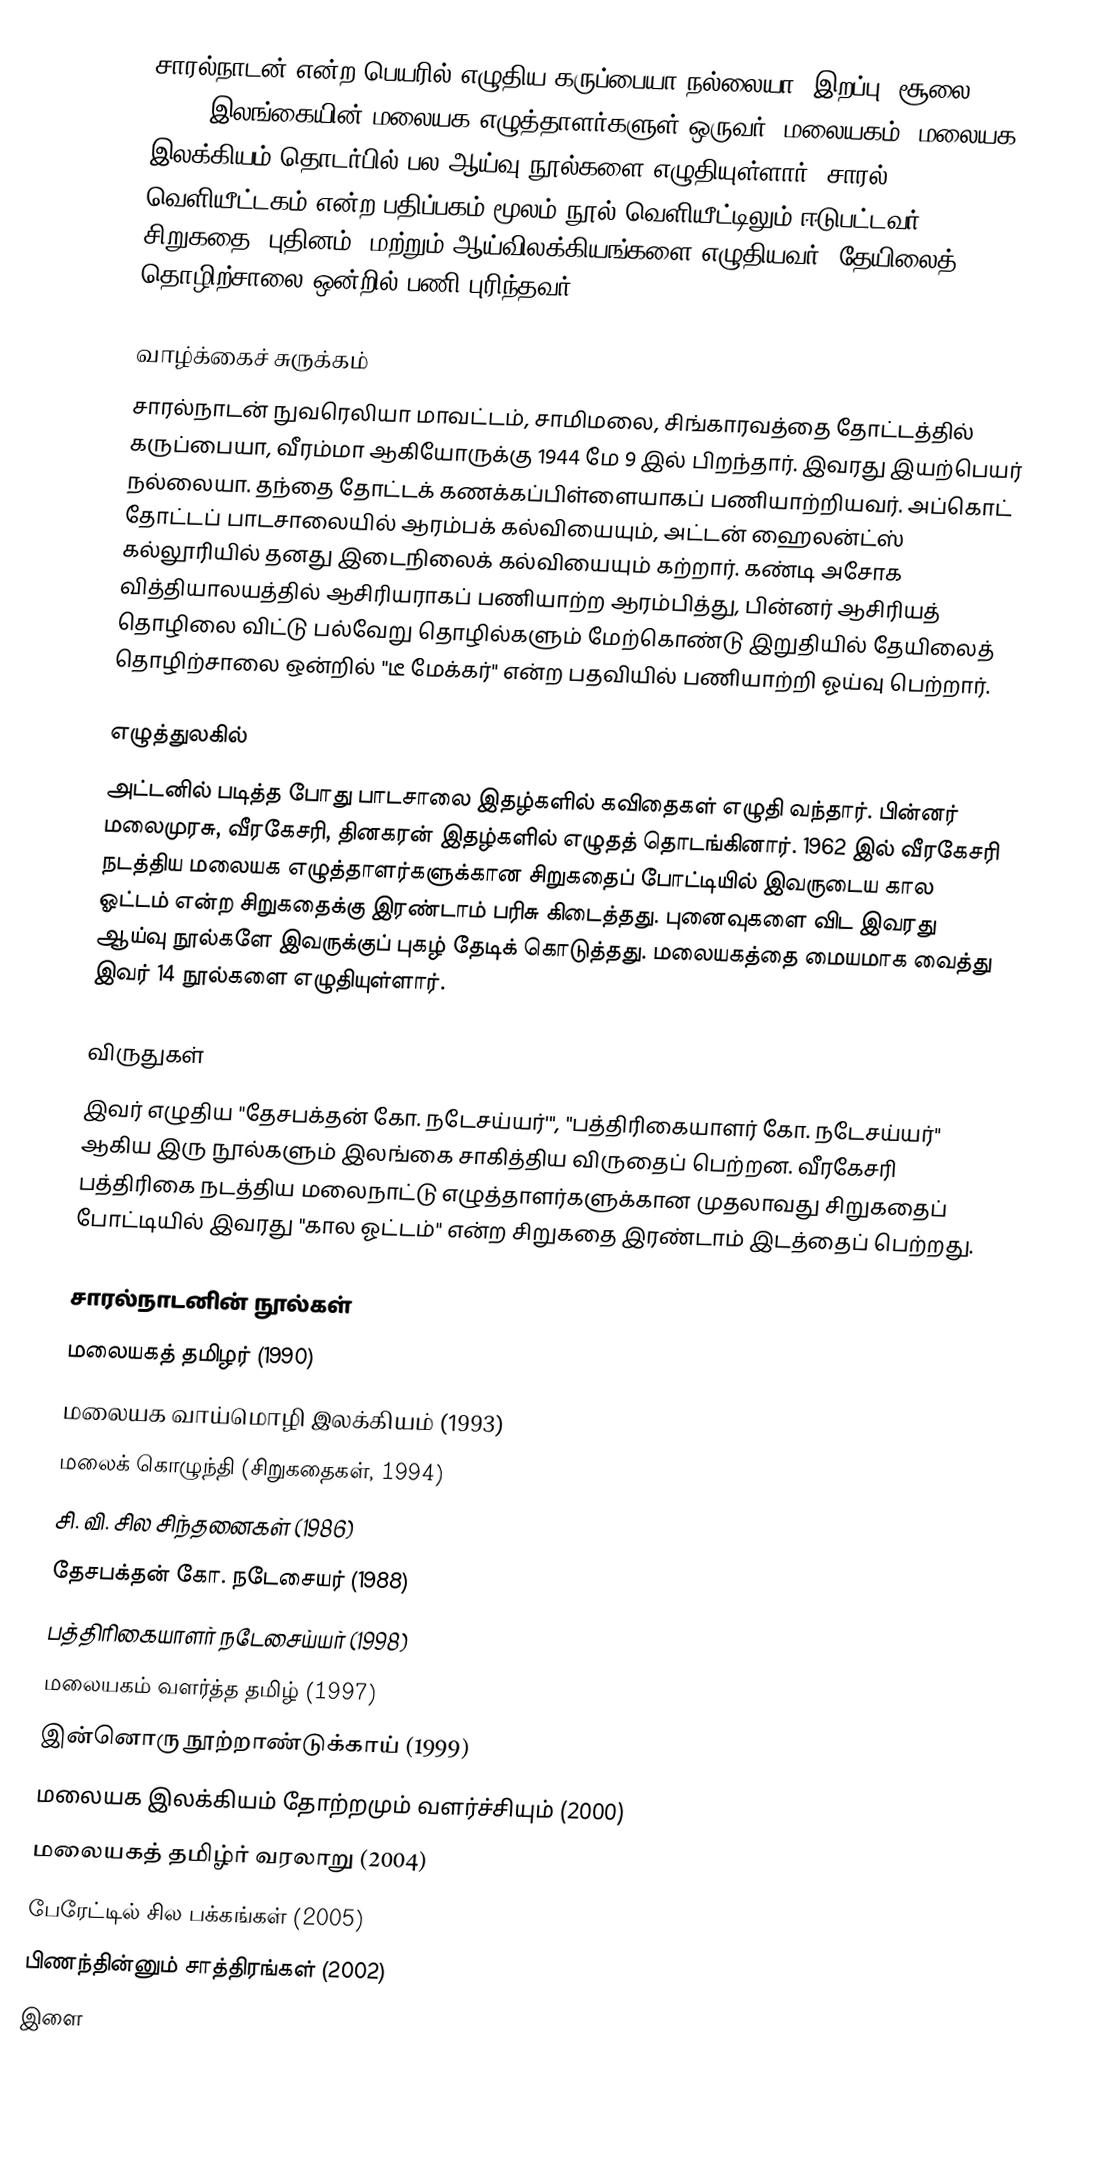
சாரல்நாடன் என்ற பெயரில் எழுதிய கருப்பையா நல்லையா (இறப்பு: சூலை 31, 2014) இலங்கையின் மலையக எழுத்தாளர்களுள் ஒருவர். மலையகம், மலையக இலக்கியம் தொடர்பில் பல ஆய்வு நூல்களை எழுதியுள்ளார். சாரல் வெளியீட்டகம் என்ற பதிப்பகம் மூலம் நூல் வெளியீட்டிலும் ஈடுபட்டவர். சிறுகதை, புதினம், மற்றும் ஆய்விலக்கியங்களை எழுதியவர். தேயிலைத் தொழிற்சாலை ஒன்றில் பணி புரிந்தவர்.

வாழ்க்கைச் சுருக்கம்
சாரல்நாடன் நுவரெலியா மாவட்டம், சாமிமலை, சிங்காரவத்தை தோட்டத்தில் கருப்பையா, வீரம்மா ஆகியோருக்கு 1944 மே 9 இல் பிறந்தார். இவரது இயற்பெயர் நல்லையா. தந்தை தோட்டக் கணக்கப்பிள்ளையாகப் பணியாற்றியவர். அப்கொட் தோட்டப் பாடசாலையில் ஆரம்பக் கல்வியையும், அட்டன் ஹைலன்ட்ஸ் கல்லூரியில் தனது இடைநிலைக் கல்வியையும் கற்றார். கண்டி அசோக வித்தியாலயத்தில் ஆசிரியராகப் பணியாற்ற ஆரம்பித்து, பின்னர் ஆசிரியத் தொழிலை விட்டு பல்வேறு தொழில்களும் மேற்கொண்டு இறுதியில் தேயிலைத் தொழிற்சாலை ஒன்றில் "டீ மேக்கர்" என்ற பதவியில் பணியாற்றி ஓய்வு பெற்றார்.

எழுத்துலகில்
அட்டனில் படித்த போது பாடசாலை இதழ்களில் கவிதைகள் எழுதி வந்தார். பின்னர் மலைமுரசு, வீரகேசரி, தினகரன் இதழ்களில் எழுதத் தொடங்கினார். 1962 இல் வீரகேசரி நடத்திய மலையக எழுத்தாளர்களுக்கான சிறுகதைப் போட்டியில் இவருடைய கால ஓட்டம் என்ற சிறுகதைக்கு இரண்டாம் பரிசு கிடைத்தது. புனைவுகளை விட இவரது ஆய்வு நூல்களே இவருக்குப் புகழ் தேடிக் கொடுத்தது. மலையகத்தை மையமாக வைத்து இவர் 14 நூல்களை எழுதியுள்ளார்.

விருதுகள்
இவர் எழுதிய "தேசபக்தன் கோ. நடேசய்யர்'", "பத்திரிகையாளர் கோ. நடேசய்யர்" ஆகிய இரு நூல்களும் இலங்கை சாகித்திய விருதைப் பெற்றன. வீரகேசரி பத்திரிகை நடத்திய மலைநாட்டு எழுத்தாளர்களுக்கான முதலாவது சிறுகதைப் போட்டியில் இவரது "கால ஓட்டம்" என்ற சிறுகதை இரண்டாம் இடத்தைப் பெற்றது.

சாரல்நாடனின் நூல்கள்
 மலையகத் தமிழர் (1990)
 மலையக வாய்மொழி இலக்கியம் (1993)
 மலைக் கொழுந்தி (சிறுகதைகள், 1994)
 சி. வி. சில சிந்தனைகள் (1986)
 தேசபக்தன் கோ. நடேசையர் (1988)
 பத்திரிகையாளர் நடேசைய்யர் (1998)
 மலையகம் வளர்த்த தமிழ் (1997)
 இன்னொரு நூற்றாண்டுக்காய் (1999)
 மலையக இலக்கியம் தோற்றமும் வளர்ச்சியும் (2000)
 மலையகத் தமிழ்ர் வரலாறு (2004)
 பேரேட்டில் சில பக்கங்கள் (2005)
 பிணந்தின்னும் சாத்திரங்கள் (2002)
 இளை